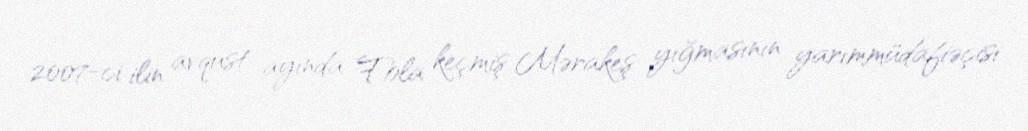
2007-ci ilin avqust ayında Fola keçmiş Mərakeş yığmasının yarımmüdafiəçisi